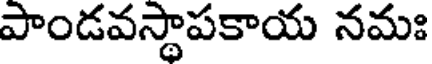
పాండవస్థాపకాయ నమః